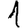
Digit: 1